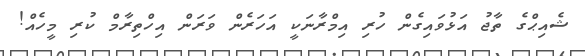
ޝެއިޙްގެ ތާޖު އަޅުވައިގެން ހުރި އިމްރާނަކީ އަހަރެން ވަރަން އިހްތިރާމް ކުރި މީހެއް!